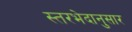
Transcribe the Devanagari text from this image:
स्तरभेदानुसार